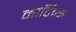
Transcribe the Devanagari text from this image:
मार्टिक्स